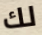
لك